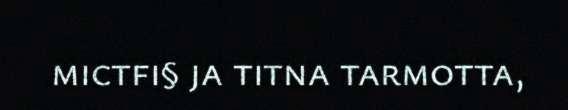
mictfi§ ja titna tarmotta,